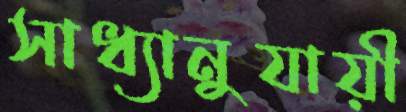
সাধ্যানুযায়ী